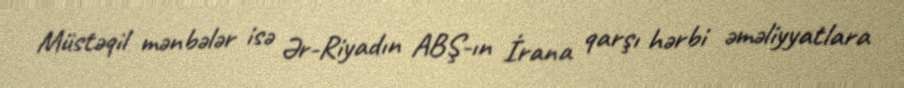
Müstəqil mənbələr isə Ər-Riyadın ABŞ-ın İrana qarşı hərbi əməliyyatlara